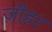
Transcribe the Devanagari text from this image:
ज़ौहर